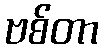
ဗစ်တာ